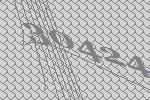
30424